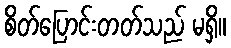
စိတ်ပြောင်းတတ်သည် မရှိ။